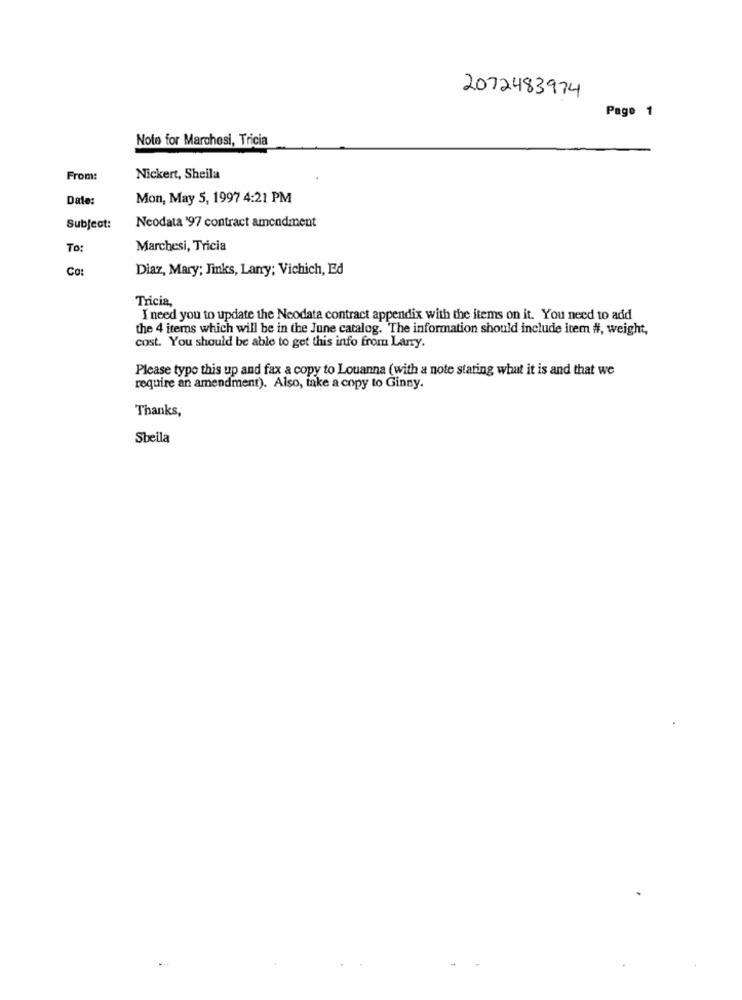
2012483974
Page 1
Note for Marchesi, Tricia
From:
Nickert, Sheila
Date:
Mon, May 5, 1997 4:21 PM
Subject:
Neodata '97 contract amendment
To:
Marchesi, Tricia
Co:
Diaz, Mary; Jinks, Larry; Vichich, Ed
Tricia,
I need you to update the Neodata contract appendix with the items on it. You need to add
the 4 items which will be in the June catalog. The information should include item #, weight,
cost. You should be able to get this info from Larry.
Please typo this up and fax a copy to Louanna (with a note stating what it is and that we
require an amendment). Also, take a copy to Ginny.
Thanks,
Sbeila